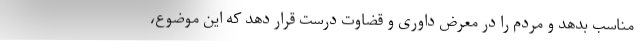
مناسب بدهد و مردم را در معرض داوری و قضاوت درست قرار دهد که این موضوع،